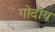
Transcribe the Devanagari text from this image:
गोदोय